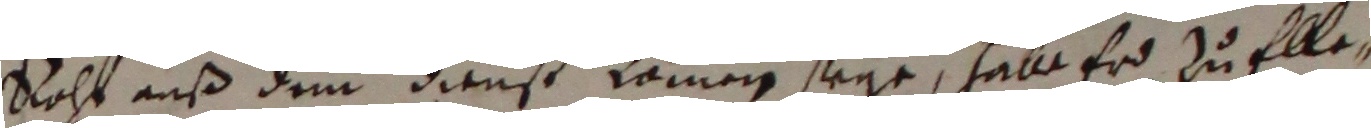
roht auß dem dienst ramen steye, habe er zu ellen